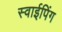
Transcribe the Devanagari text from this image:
स्वाईपिंग